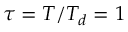
\tau = T / T _ { d } = 1